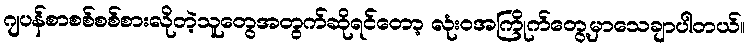
ဂျပန်စာစစ်စစ်စားလိုတဲ့သူတွေအတွက်ဆိုရင်တော့ လုံးဝအကြိုက်တွေ့မှာသေချာပါတယ်။